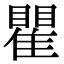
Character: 瞿